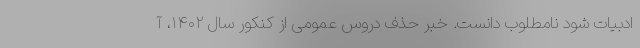
ادبیات شود نامطلوب دانست. خبر حذف دروس عمومی از کنکور سال ۱۴۰۲، آ